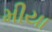
મીયા